65_HS1-834228961_62-HQ-83894_Section_1
Agency: FBI
Page 168
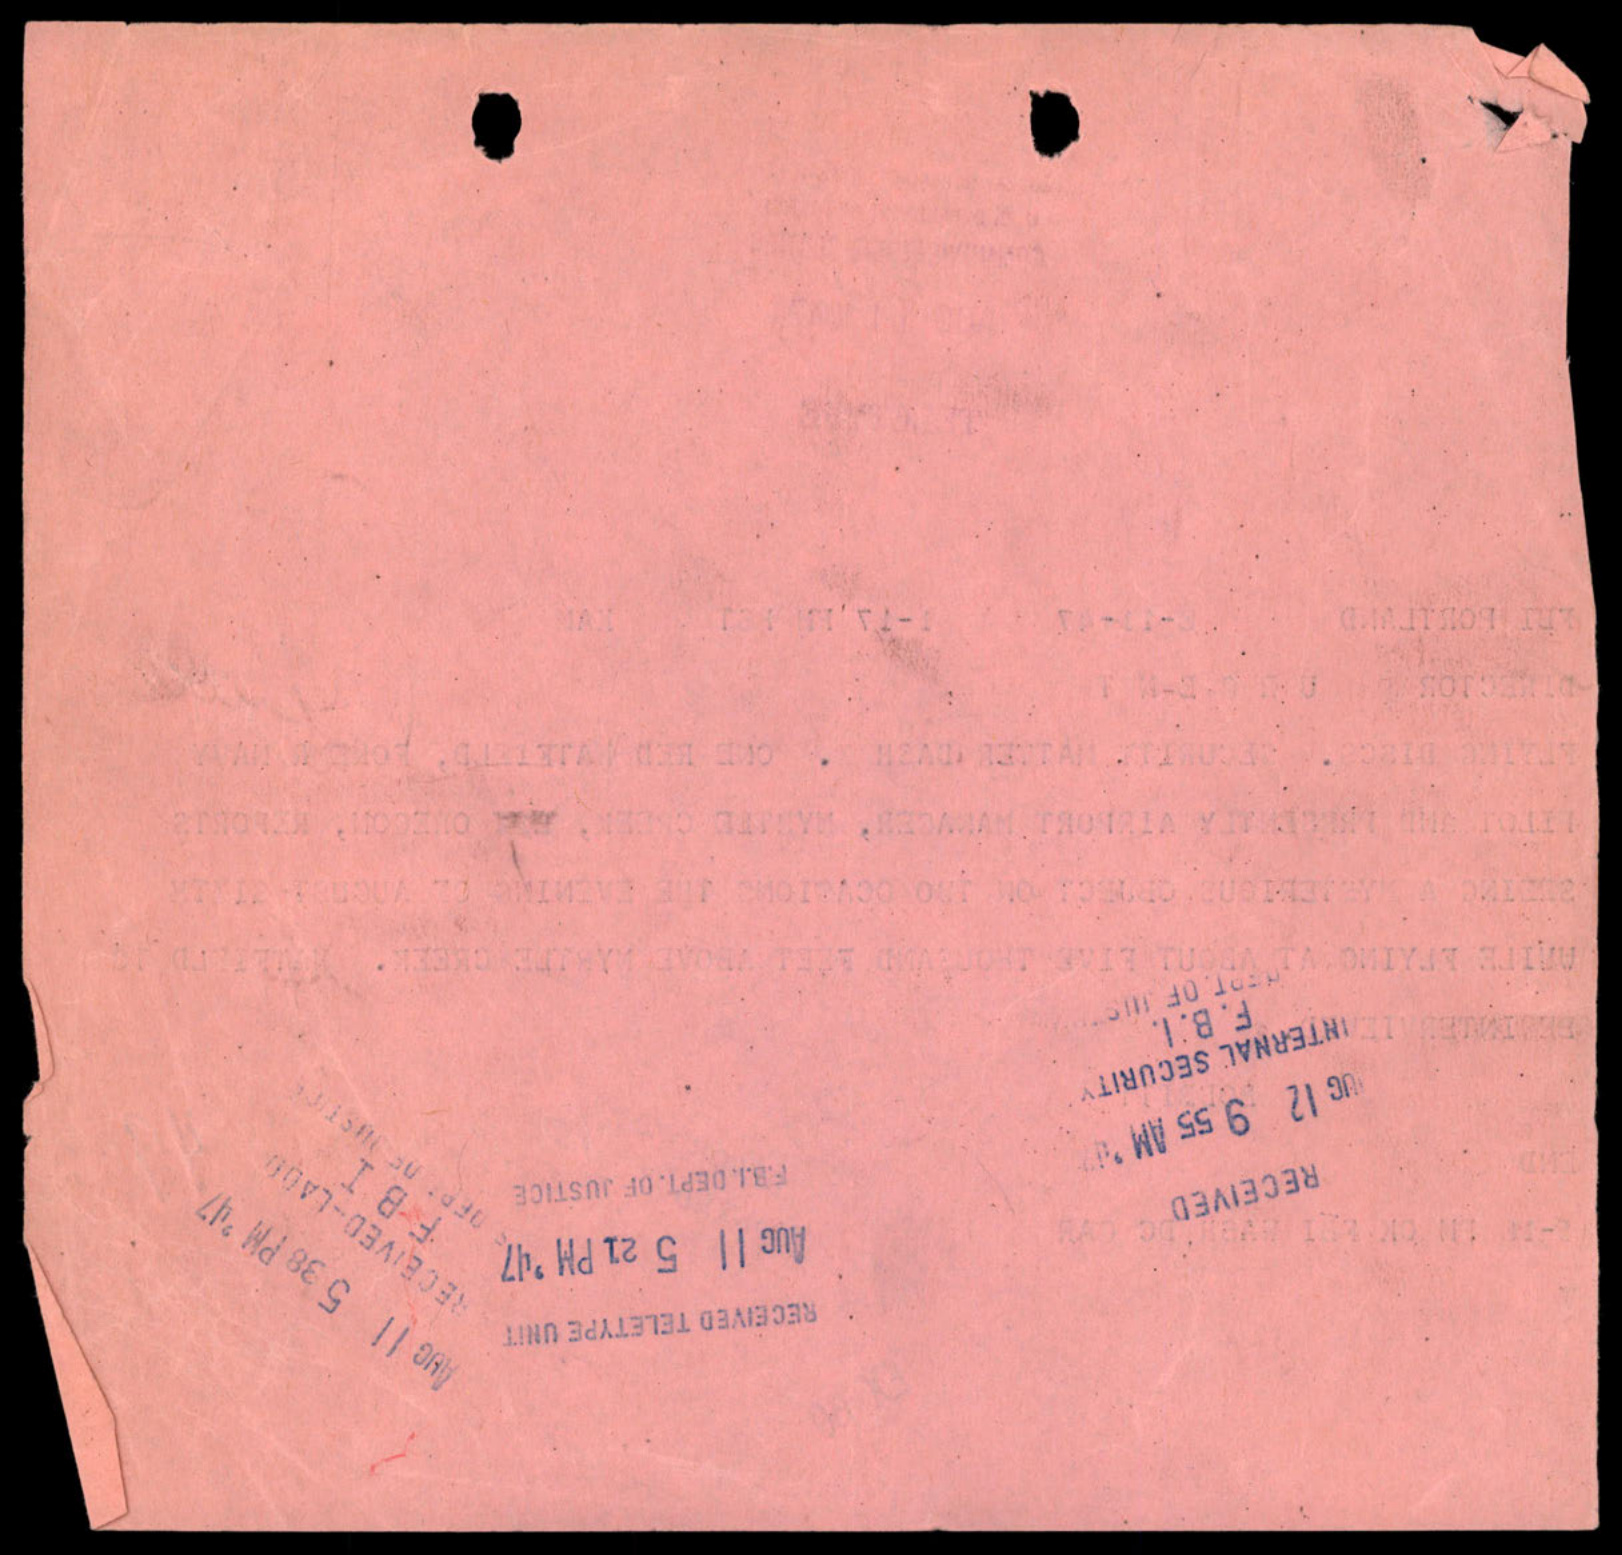